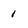
Character: 1